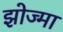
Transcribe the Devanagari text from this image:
झोज्मा